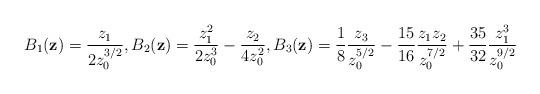
LaTeX: \begin{align*}B_1({\bf z}) = \frac{z_1}{2z_0^{3/2}}, B_2({\bf z})=\frac{z_1^2}{2z_0^3}-\frac{z_2}{4z_0^2}, B_3({\bf z}) = \frac18 \frac{z_3}{z_0^{5/2}} -\frac{15}{16} \frac{z_1 z_2}{z_0^{7/2}} + \frac{35}{32}\frac{z_1^3}{z_0^{9/2}}\end{align*}